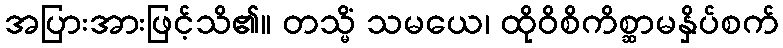
အပြားအားဖြင့်သိ၏။ တသ္မိံ သမယေ၊ ထိုဝိစိကိစ္ဆာမနှိပ်စက်